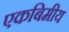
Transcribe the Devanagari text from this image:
एकबिमीय